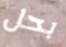
بحل